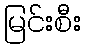
မြင်းစီး